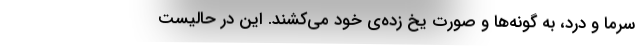
سرما و درد، به گونه‌ها و صورت یخ زده‌ی خود می‌کشند. این در حالیست